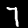
Label: 7